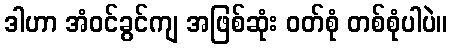
ဒါဟာ အံဝင်ခွင်ကျ အဖြစ်ဆုံး ဝတ်စုံ တစ်စုံပါပဲ။